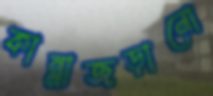
কান্নাজড়ানো